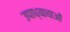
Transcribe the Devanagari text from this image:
उपाध्यायाओं